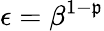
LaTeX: \epsilon=\beta^{1-\mathfrak{p}}